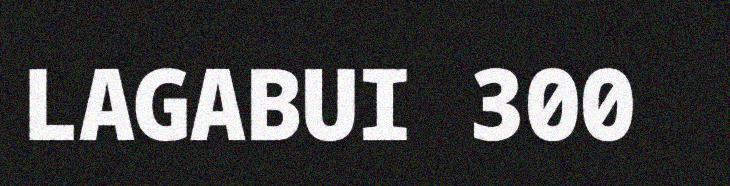
LAGABUI 300